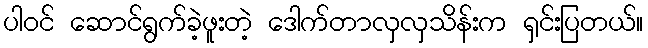
ပါဝင် ဆောင်ရွက်ခဲ့ဖူးတဲ့ ဒေါက်တာလှလှသိန်းက ရှင်းပြတယ်။